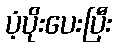
ပံ့ပိုးပေးပြီး